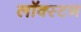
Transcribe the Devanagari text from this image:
लॉक्स्टन